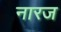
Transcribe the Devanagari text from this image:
नारज